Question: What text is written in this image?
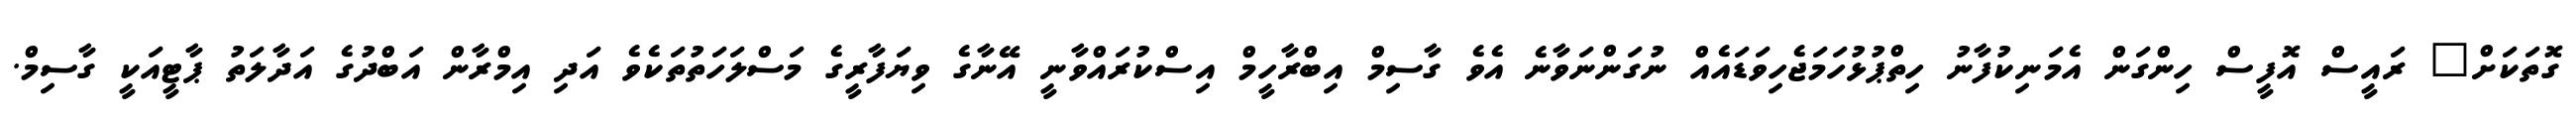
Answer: ގޮތަކަށް" ރައީސް އޮފީސް ހިންގަން އެމަނިކުފާނު ހިތްޕުޅުހަމަޖެހިވަޑައެއް ނުގަންނަވާނެ އެވެ ގާސިމް އިބްރާހީމް އިސްކުރައްވާނީ އޭނާގެ ވިޔަފާރީގެ މަސްލަހަތުތަކެވެ އަދި އިމްރާން އަބްދުގެ އަދާލަތު ޕާޓީއަކީ ގާސިމް.